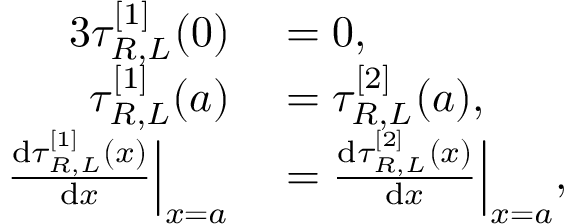
\begin{array} { r l } { { 3 } \tau _ { R , L } ^ { [ 1 ] } ( 0 ) } & { { } = 0 , } \\ { \tau _ { R , L } ^ { [ 1 ] } ( a ) } & { { } = \tau _ { R , L } ^ { [ 2 ] } ( a ) , } \\ { \frac { \mathrm { d } \tau _ { R , L } ^ { [ 1 ] } ( x ) } { \mathrm { d } x } \Big | _ { x = a } } & { { } = \frac { \mathrm { d } \tau _ { R , L } ^ { [ 2 ] } ( x ) } { \mathrm { d } x } \Big | _ { x = a } , } \end{array}